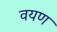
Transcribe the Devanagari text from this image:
वयण